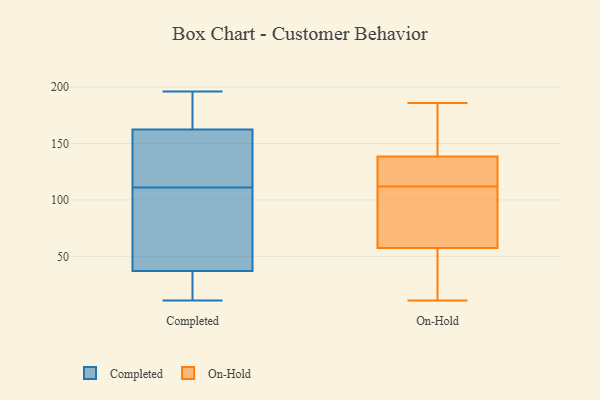
{"axis": {"x": "Energy Usage (MWh)", "y": "Value"}, "legend": ["Completed", "On-Hold"], "data": [{"x": "", "y": 173, "type": "Completed"}, {"x": "", "y": 31, "type": "Completed"}, {"x": "", "y": 39, "type": "Completed"}, {"x": "", "y": 183, "type": "Completed"}, {"x": "", "y": 57, "type": "Completed"}, {"x": "", "y": 146, "type": "Completed"}, {"x": "", "y": 111, "type": "Completed"}, {"x": "", "y": 159, "type": "Completed"}, {"x": "", "y": 196, "type": "Completed"}, {"x": "", "y": 111, "type": "Completed"}, {"x": "", "y": 11, "type": "Completed"}, {"x": "", "y": 12, "type": "Completed"}, {"x": "", "y": 41, "type": "Completed"}, {"x": "", "y": 108, "type": "On-Hold"}, {"x": "", "y": 14, "type": "On-Hold"}, {"x": "", "y": 158, "type": "On-Hold"}, {"x": "", "y": 156, "type": "On-Hold"}, {"x": "", "y": 116, "type": "On-Hold"}, {"x": "", "y": 116, "type": "On-Hold"}, {"x": "", "y": 47, "type": "On-Hold"}, {"x": "", "y": 11, "type": "On-Hold"}, {"x": "", "y": 125, "type": "On-Hold"}, {"x": "", "y": 152, "type": "On-Hold"}, {"x": "", "y": 96, "type": "On-Hold"}, {"x": "", "y": 43, "type": "On-Hold"}, {"x": "", "y": 68, "type": "On-Hold"}, {"x": "", "y": 119, "type": "On-Hold"}, {"x": "", "y": 186, "type": "On-Hold"}, {"x": "", "y": 85, "type": "On-Hold"}]}